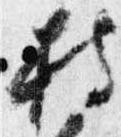
持